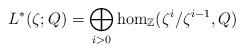
LaTeX: \begin{align*}L^*(\zeta;Q) & = \bigoplus_{i>0} \hom_{\mathbb{Z}}(\zeta^{i}/\zeta^{i-1},Q)\end{align*}